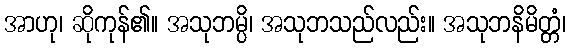
အာဟု၊ ဆိုကုန်၏။ အသုဘမ္ပိ၊ အသုဘသည်လည်း။ အသုဘနိမိတ္တံ၊